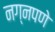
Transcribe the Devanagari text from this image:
नग्नपणे